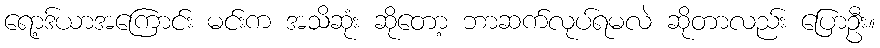
ရော့ဒ်ယာအကြောင်း မင်းက အသိဆုံး ဆိုတော့ ဘာဆက်လုပ်ရမလဲ ဆိုတာလည်း ပြောဦး။